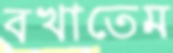
বখাতেম